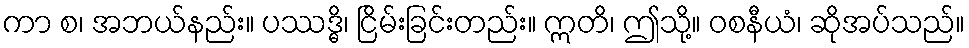
ကာ စ၊ အဘယ်နည်း။ ပဿဒ္ဓိ၊ ငြိမ်းခြင်းတည်း။ ဣတိ၊ ဤသို့။ ဝစနီယံ၊ ဆိုအပ်သည်။